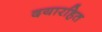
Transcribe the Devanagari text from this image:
दयारहित